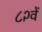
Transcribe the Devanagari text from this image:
८२वें